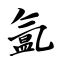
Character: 氲